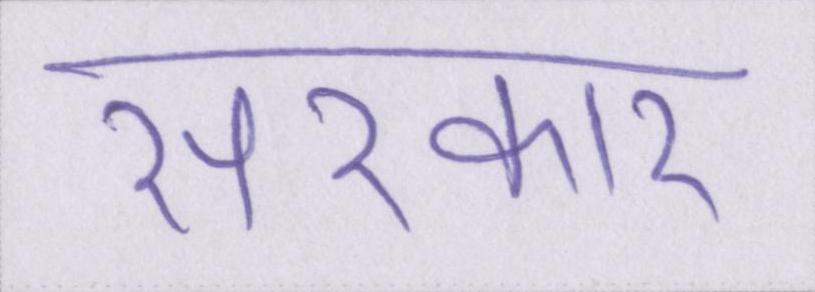
सरकार